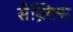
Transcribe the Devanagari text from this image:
सैब्रिक्स